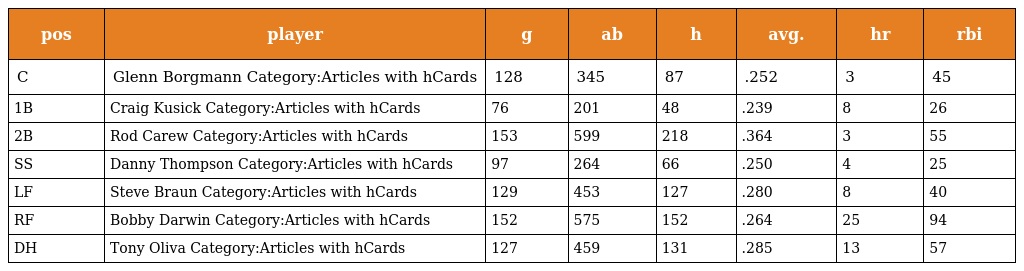
| pos | player | g | ab | h | avg. | hr | rbi |
 | --- | --- | --- | --- | --- | --- | --- | --- |
 | C | Glenn Borgmann Category:Articles with hCards | 128 | 345 | 87 | .252 | 3 | 45 |
 | 1B | Craig Kusick Category:Articles with hCards | 76 | 201 | 48 | .239 | 8 | 26 |
 | 2B | Rod Carew Category:Articles with hCards | 153 | 599 | 218 | .364 | 3 | 55 |
 | SS | Danny Thompson Category:Articles with hCards | 97 | 264 | 66 | .250 | 4 | 25 |
 | LF | Steve Braun Category:Articles with hCards | 129 | 453 | 127 | .280 | 8 | 40 |
 | RF | Bobby Darwin Category:Articles with hCards | 152 | 575 | 152 | .264 | 25 | 94 |
 | DH | Tony Oliva Category:Articles with hCards | 127 | 459 | 131 | .285 | 13 | 57 |